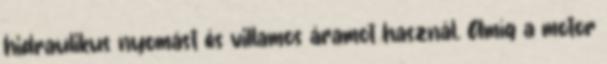
hidraulikus nyomást és villamos áramot használ. Amíg a motor